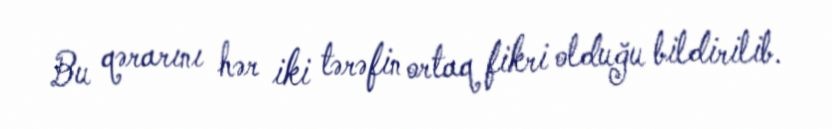
Bu qərarını hər iki tərəfin ortaq fikri olduğu bildirilib.